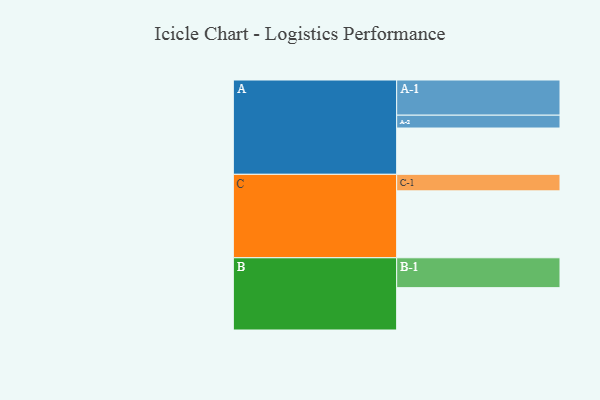
{"axis": {"x": "Segment", "y": "Value"}, "legend": ["", "A", "B", "C"], "data": [{"x": "A", "y": 375, "type": ""}, {"x": "B", "y": 343, "type": ""}, {"x": "C", "y": 542, "type": ""}, {"x": "A-1", "y": 285, "type": "A"}, {"x": "A-2", "y": 104, "type": "A"}, {"x": "B-1", "y": 242, "type": "B"}, {"x": "C-1", "y": 134, "type": "C"}]}